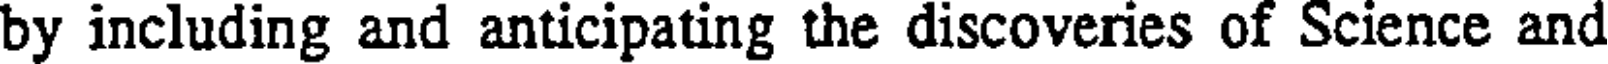
by including and anticipating the discoveries of Science and